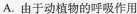
A.由于动植物的呼吸作用